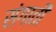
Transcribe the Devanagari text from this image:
संगाती